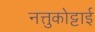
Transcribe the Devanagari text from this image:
नत्तुकोट्टाई